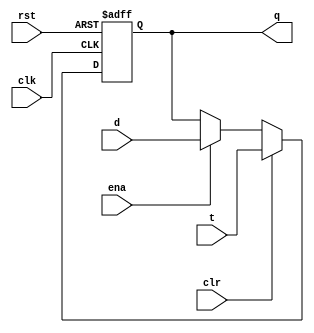
`timescale 1ns / 1ps
//////////////////////////////////////////////////////////////////////////////////
// Company: 
// Engineer: 
// 
// Design Name: 
// Module Name: sel_read
// Project Name: 
// Target Devices: 
// Tool Versions: 
// Description: 
// 
// Dependencies: 
// 
// Revision:
// Revision 0.01 - File Created
// Additional Comments:
// 
//////////////////////////////////////////////////////////////////////////////////

module pc #(parameter WIDTH=8)(
	input wire clk,rst,ena,clr,
	input wire[WIDTH-1:0] t,
	input wire[WIDTH-1:0] d,
	output reg [WIDTH-1:0] q
);
	initial begin
		q<=32'hbfc00000;  //
	end
	always @(posedge clk,posedge rst) begin
		if(rst) begin
		    q<=32'hbfc00000;
		end else if(clr) begin
            q <= t;
        end else if(ena) begin
			q <= d;
		end
	end
endmodule